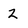
Character: 2